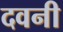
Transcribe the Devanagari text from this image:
दवनी